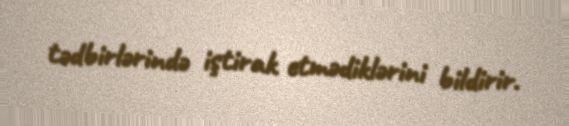
tədbirlərində iştirak etmədiklərini bildirir.